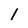
Character: 1